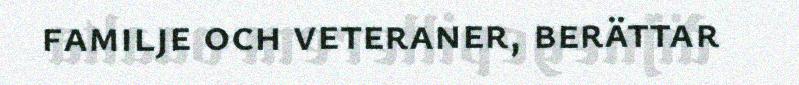
familje och veteraner, berättar